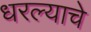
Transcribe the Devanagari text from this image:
धरल्याचे